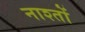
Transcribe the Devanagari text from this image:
नाश्तों